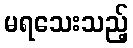
မရသေးသည့်